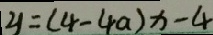
y = ( 4 - 4 a ) x - 4